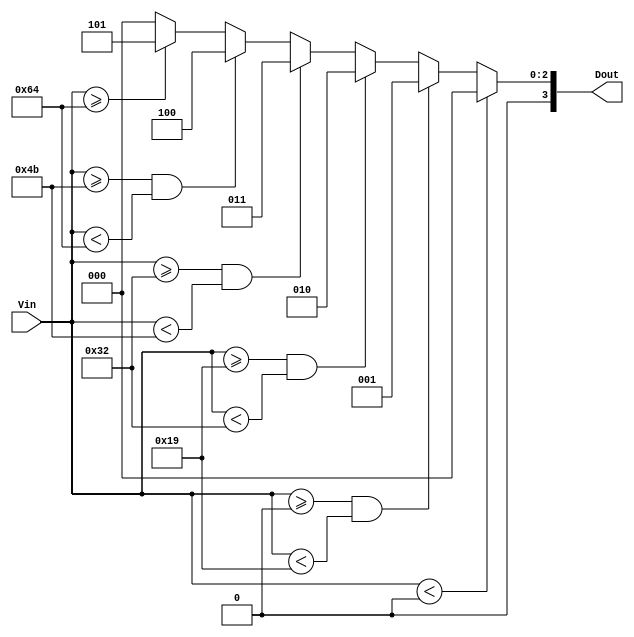
module ThermalEncoder (
    input [7:0] Vin,  // 8-bit input representing temperature (0-255, for example)
    output reg [3:0] Dout // 4-bit output representing the temperature range
);

// Temperature thresholds in digital format (assuming 1 degree resolution)
parameter T0 = 8'd0;     // 0C
parameter T1 = 8'd25;    // 25C
parameter T2 = 8'd50;    // 50C
parameter T3 = 8'd75;    // 75C
parameter T4 = 8'd100;   // 100C

always @(*) begin
    // Default output
    Dout = 4'b0000; // Default to 00 (below range)

    // Compare input temperature against thresholds
    if (Vin < T0) begin
        Dout = 4'b0000; // below range
    end else if (Vin >= T0 && Vin < T1) begin
        Dout = 4'b0001; // range 0C to 25C
    end else if (Vin >= T1 && Vin < T2) begin
        Dout = 4'b0010; // range 25C to 50C
    end else if (Vin >= T2 && Vin < T3) begin
        Dout = 4'b0011; // range 50C to 75C
    end else if (Vin >= T3 && Vin < T4) begin
        Dout = 4'b0100; // range 75C to 100C
    end else if (Vin >= T4) begin
        Dout = 4'b0101; // above range (100C and above)
    end
end

endmodule